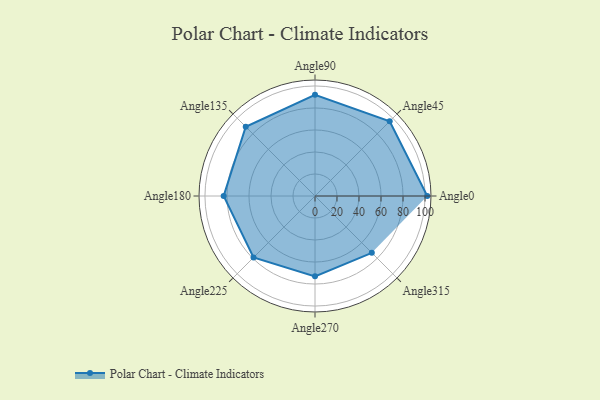
{"axis": {"x": "Angle", "y": "Radius"}, "legend": [""], "data": [{"x": "Angle0", "y": 102.0, "type": ""}, {"x": "Angle45", "y": 96.0, "type": ""}, {"x": "Angle90", "y": 92.0, "type": ""}, {"x": "Angle135", "y": 89.0, "type": ""}, {"x": "Angle180", "y": 83.0, "type": ""}, {"x": "Angle225", "y": 79.0, "type": ""}, {"x": "Angle270", "y": 73.0, "type": ""}, {"x": "Angle315", "y": 73.0, "type": ""}]}